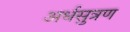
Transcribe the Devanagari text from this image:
अर्धसुत्रण